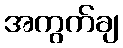
အကွက်ချ